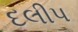
દલીપ